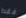
فقط